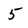
Character: 5